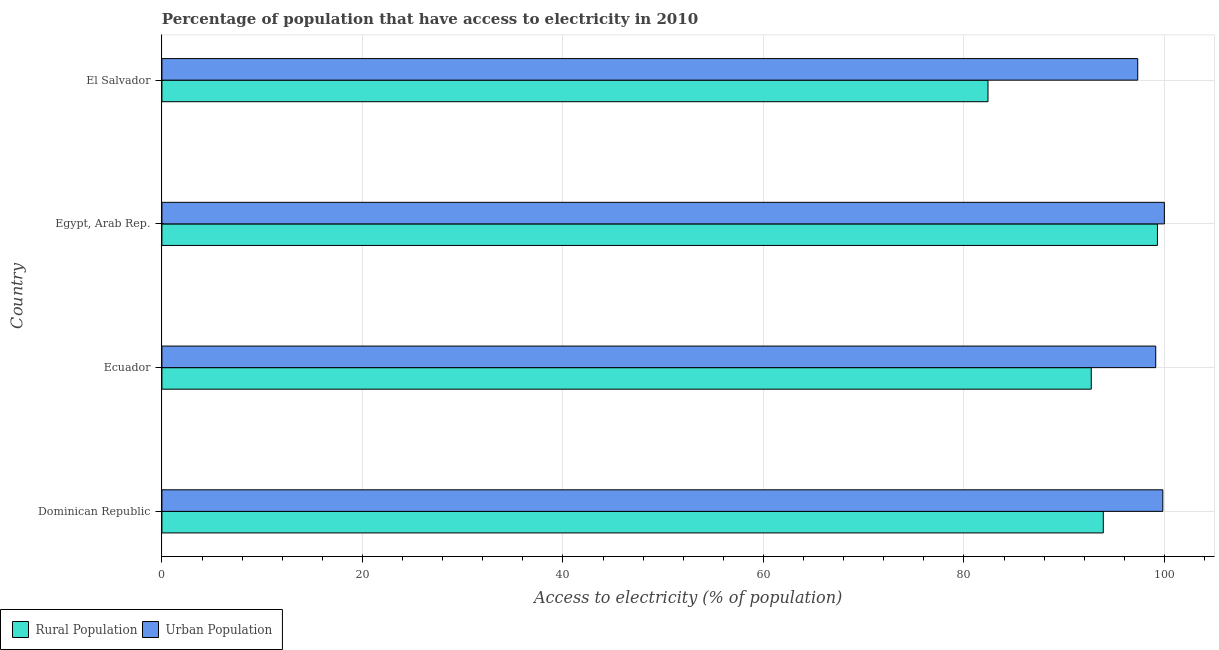
| Country | Rural Population | Urban Population |
 | --- | --- | --- |
 | Dominican Republic | 93.9 | 99.8 |
 | Ecuador | 92.7 | 99.1 |
 | Egypt, Arab Rep. | 99.3 | 100 |
 | El Salvador | 82.4 | 97.3 |